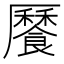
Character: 𩞨